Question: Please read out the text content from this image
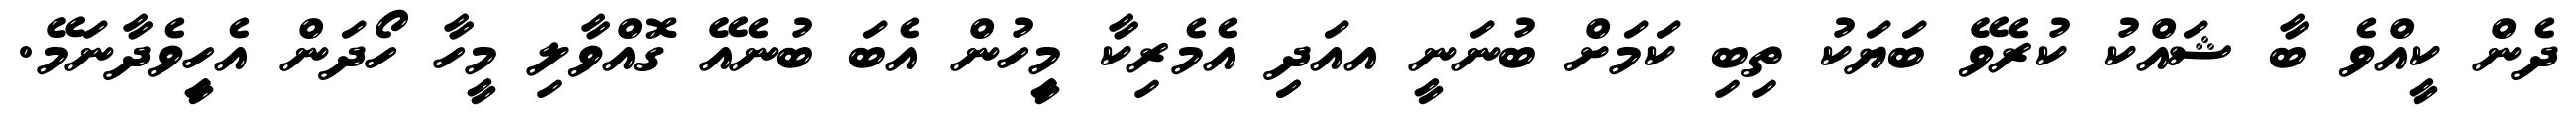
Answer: ދެން ކީއްވެ ބާ ޝައްކު ކުރެވޭ ބަޔަކު ތިބި ކަމަށް ބުނަނީ އއަދިި އެމެރިކާ މީިހުން އެބަ ބުނެއޭ ގޮއްވާލި މީހާ ހޯދަން އެހީިވެދާނަމޭ.